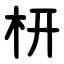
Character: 枅